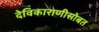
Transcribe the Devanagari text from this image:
देविकाराणीसोबत